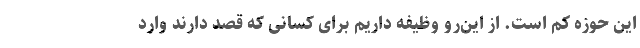
این حوزه کم است. از این‌رو وظیفه‌ داریم برای کسانی که قصد دارند وارد